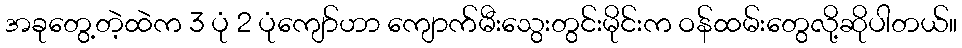
အခုတွေ့တဲ့ထဲက 3 ပုံ 2 ပုံကျော်ဟာ ကျောက်မီးသွေးတွင်းမိုင်းက ဝန်ထမ်းတွေလို့ဆိုပါတယ်။